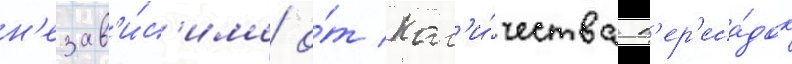
н'езав'и́с'имо о́т кол'и́чества п'ер'еса́док